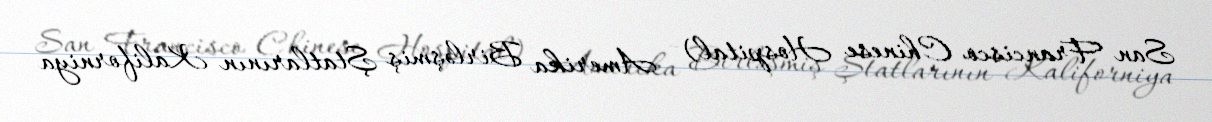
San Francisco Chinese Hospital) - Amerika Birləşmiş Ştatlarının Kaliforniya